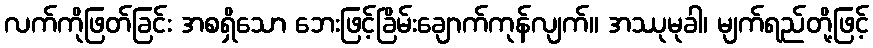
လက်ကိုဖြတ်ခြင်း အစရှိသော ဘေးဖြင့်ခြိမ်းချောက်ကုန်လျက်။ အဿုမုခါ၊ မျက်ရည်တို့ဖြင့်